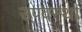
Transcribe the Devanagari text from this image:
उपवस्था